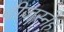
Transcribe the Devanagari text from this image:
बीजस्नेह